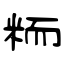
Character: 粫